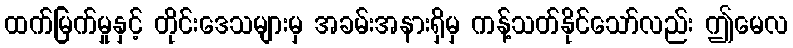
ထက်မြက်မှုနှင့် တိုင်းဒေသများမှ အခမ်းအနားရှိမှ ကန့်သတ်နိုင်သော်လည်း ဤမေလ